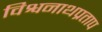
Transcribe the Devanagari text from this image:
विश्वनाथप्रताप